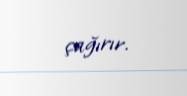
çağırır.